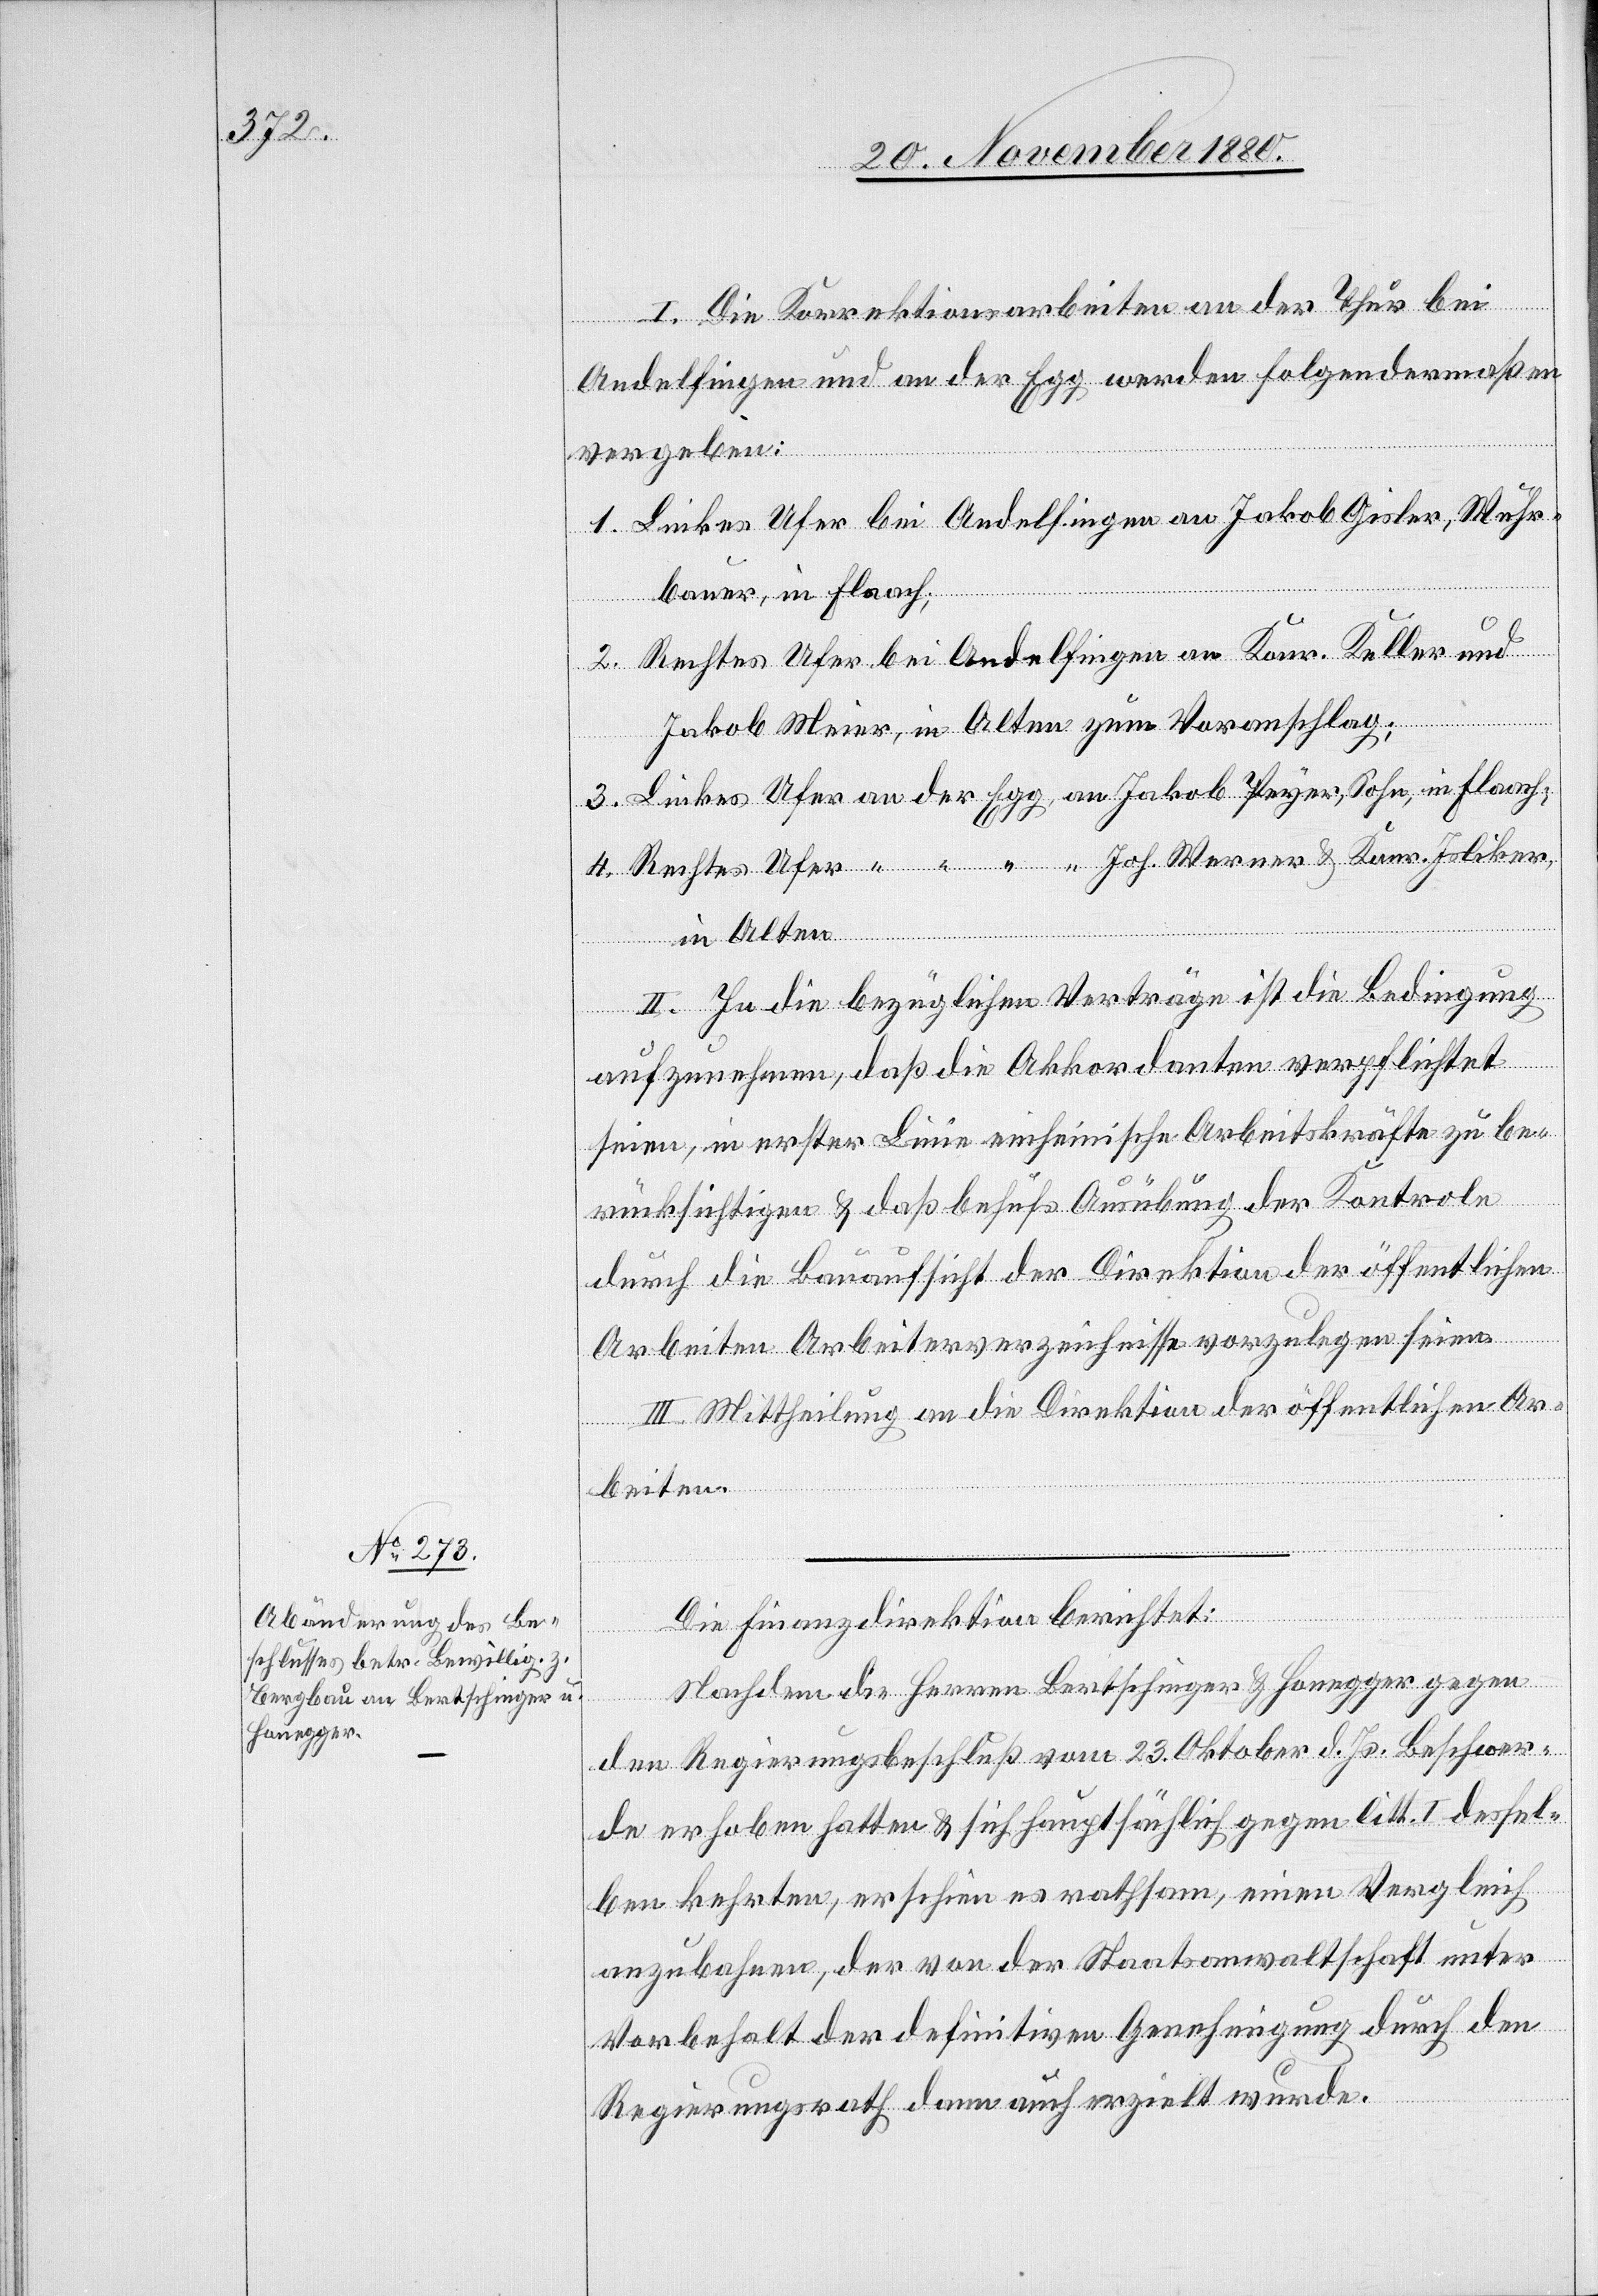
I. Die Korrektionsarbeiten und an der Thur bei
Andelfingen und an der Egg werden folgendermaßen
vergeben:
Linkes Ufer bei Andelfingen an Jakob Gisler, Wuhr¬
bauer, Flaach;
4.
Rechtes Ufer bei Andelfingen an Konr. Keller und
Konr.
Jakob Meier, in Alten zum Voranschlag;
in Alten.
II. In die bezüglichen Verträge ist die Bedingung
aufzunehmen, daß die Akkordanten verpflichtet
seien, in erster Linie einheimische Arbeitskräfte zu be¬
rücksichtigen & daß behufs Ausübung der Kontrole
durch die Bauaufsicht der Direktion der öffentlichen
Arbeiten Arbeiterverzeichnisse vorzulegen seien.
III. Mittheilung an die Direktion der öffentlichen Ar¬
beiten.
Die Finanzdirektion berichtet:
Nachdem die Herren Bertschinger & Honegger gegen
den Regierungsbeschluß vom 23. Oktober d. Js. Beschwer¬
de erhoben hatten & sich hauptsächlich gegen litt. I dessel¬
ben kehrten, erschien es rathsam, einen Vergleich
anzubahnen, der von der Staatsanwaltschaft unter
Vorbehalt der definitiven Genehmigung durch den
Regierungsrath dann auch erzielt wurde.